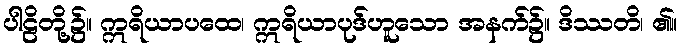
ပါဠိတို့၌။ ဣရိယာပထေ၊ ဣရိယာပုဒ်ဟူသော အနက်၌။ ဒိဿတိ၊ ၏။